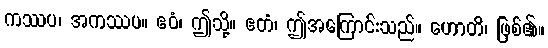
ကဿပ၊ အကဿပ။ ဧဝံ၊ ဤသို့။ ဧတံ၊ ဤအကြောင်းသည်။ ဟောတိ၊ ဖြစ်၏။